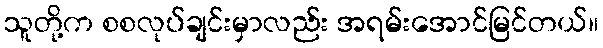
သူတို့က စစလုပ်ချင်းမှာလည်း အရမ်းအောင်မြင်တယ်။